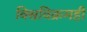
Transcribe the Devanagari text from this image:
विश्वविक्रमही